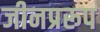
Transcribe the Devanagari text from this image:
जीनप्ररूप